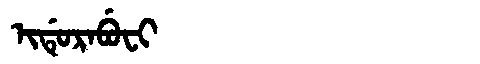
Manchu: ᡳᡩᡠᡵᠠᠪᡠᠸᡳ
Romanization: IDURABUFI